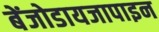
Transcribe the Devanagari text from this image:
बेंजोडायजापाइन